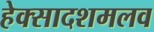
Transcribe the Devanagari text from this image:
हेक्सादशमलव